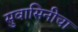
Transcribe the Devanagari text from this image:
सुवासिनीचा